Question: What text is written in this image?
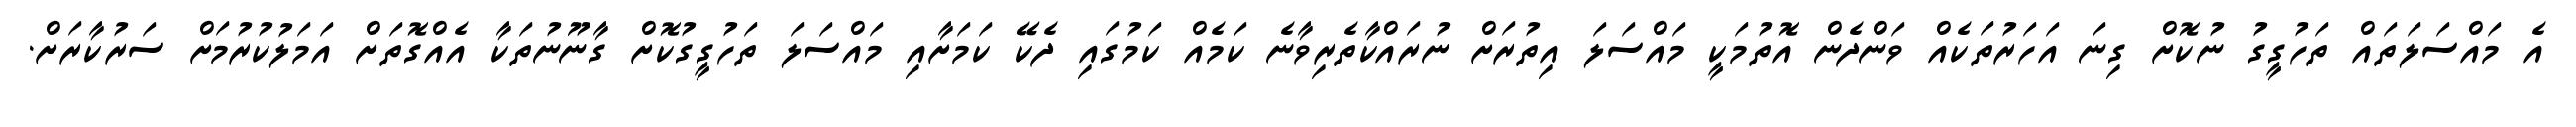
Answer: އެ މައްސަލަތައް ތަހުގީގު ނުކޮށް ގިނަ އަހަރުތަކެއް ވަންދެން އޮތުމަކީ މައްސަލަ އިތުރަށް ނުރައްކާތެރިވާނެ ކަމެއް ކަމުގައި ދެކޭ ކަމަށާއި މައްސަލަ ތަހުގީގުކޮށް ގާނޫނުތަކާ އެއްގޮތަށް އަމަލުކުރުމަށް ސަރުކާރަށް.